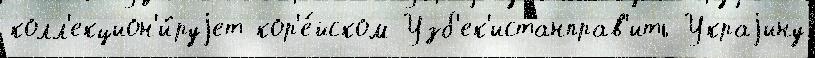
колл'екцион'и́руjет кор'е́йском Узб'ек'истанправ'ить Украjину